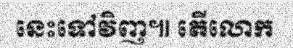
នេះទៅវិញ៕ តើលោក